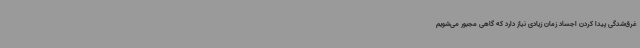
غرق‌شدگی پیدا کردن اجساد زمان زیادی نیاز دارد که گاهی مجبور می‌شویم